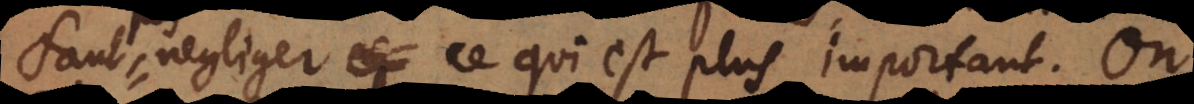
pas negliger ce qui est plus important. On